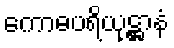
ကောဓပရိယုဋ္ဌာနံ